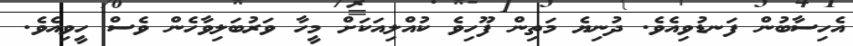
އެހިސާބުން ފަނޑުވިއެވެ. ދުނިޔެ މަތިން ފޫހިވެ ކުއްލިއަކަށް މީހާ ވަރުބަލިވާހެން ވެސް ހީވިއެވެ.